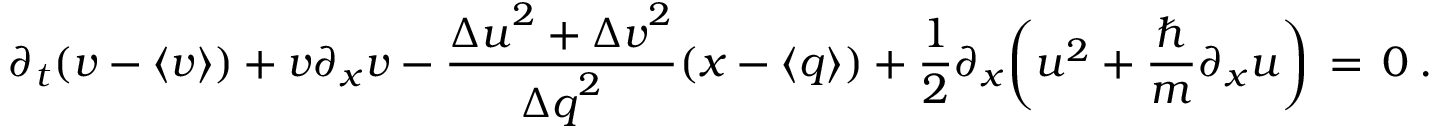
\partial _ { t } ( v - \langle v \rangle ) + v \partial _ { x } v - \frac { { \Delta u } ^ { 2 } + { \Delta v } ^ { 2 } } { { \Delta q } ^ { 2 } } ( x - \langle q \rangle ) + \frac { 1 } { 2 } \partial _ { x } \bigg ( u ^ { 2 } + \frac { \hbar } { m } \partial _ { x } u \bigg ) \, = \, 0 \: .